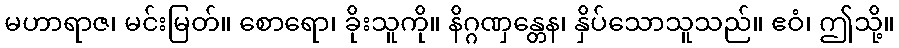
မဟာရာဇ၊ မင်းမြတ်။ စောရော၊ ခိုးသူကို။ နိဂ္ဂဏှန္တေန၊ နှိပ်သောသူသည်။ ဧဝံ၊ ဤသို့။